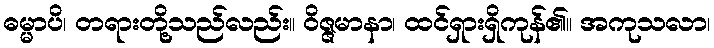
ဓမ္မာပိ၊ တရားတို့သည်လည်း။ ဝိဇ္ဇမာနာ၊ ထင်ရှားရှိကုန်၏။ အကုသလာ၊